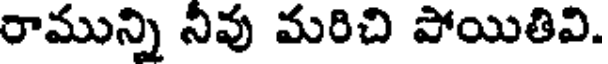
రామున్ని నీవు మరిచి పోయితివి.